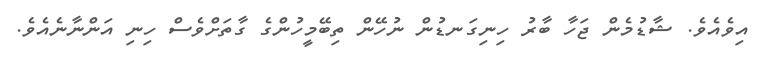
އިވެއެވެ. ޝާޑުމެން ޖަހާ ބާރު ހިނިގަނޑުން ނުހޭން ތިބޭމީހުންގެ ގާތަށްވެސް ހިނި އަންނާނެއެވެ.